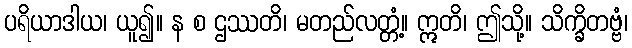
ပရိယာဒါယ၊ ယူ၍။ န စ ဌဿတိ၊ မတည်လတ္တံ့။ ဣတိ၊ ဤသို့။ သိက္ခိတဗ္ဗံ၊